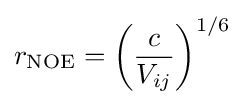
r_{\text{NOE}}=\left({\frac {c}{V_{ij}}}\right)^{1/6}